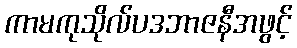
ကာမကုသိုလ်ပဒဘာဇနီအဖွင့်